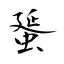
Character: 蜑